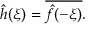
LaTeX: { \hat { h } } ( \xi ) = { \overline { { { \hat { f } } ( - \xi ) } } } .